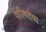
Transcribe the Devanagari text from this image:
परिषदेच्य